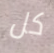
كل